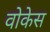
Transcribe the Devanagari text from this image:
वोकेस